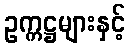
ဥက္ကဋ္ဌများနှင့်